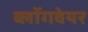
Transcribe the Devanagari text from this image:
ब्लॉगवेयर